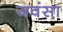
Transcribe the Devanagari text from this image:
जवंसा